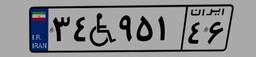
۸۵W۴۷۷۸۱